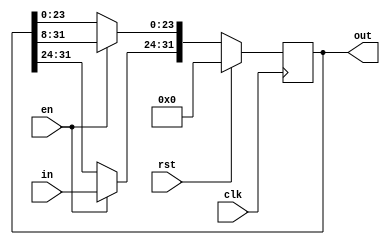
`timescale 1ns / 1ps
//////////////////////////////////////////////////////////////////////////////////
// Company: 
// Engineer: 
// 
// Design Name: 
// Module Name: shifter_mod
// Project Name: 
// Target Devices: 
// Tool Versions: 
// Description: 
// 
// Dependencies: 
// 
// Revision:
// Revision 0.01 - File Created
// Additional Comments:
// 
//////////////////////////////////////////////////////////////////////////////////


module shifter_mod(input[7:0] in, input clk, input en, input rst, output reg [31:0] out);

always@(posedge clk)
    begin
        if(rst)
            out<=32'd0;
        else if(en==1)
            begin
                out[23:0]=out[31:8];
                out[31:24]=in;
            end
        else
            begin
                out<=out;
            end
    end
    
endmodule